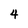
Character: 4